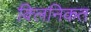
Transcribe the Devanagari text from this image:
क्लिनिकत